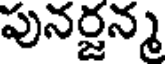
పునర్జన్మ